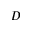
D